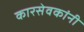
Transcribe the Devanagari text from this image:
कारसेवकांनी